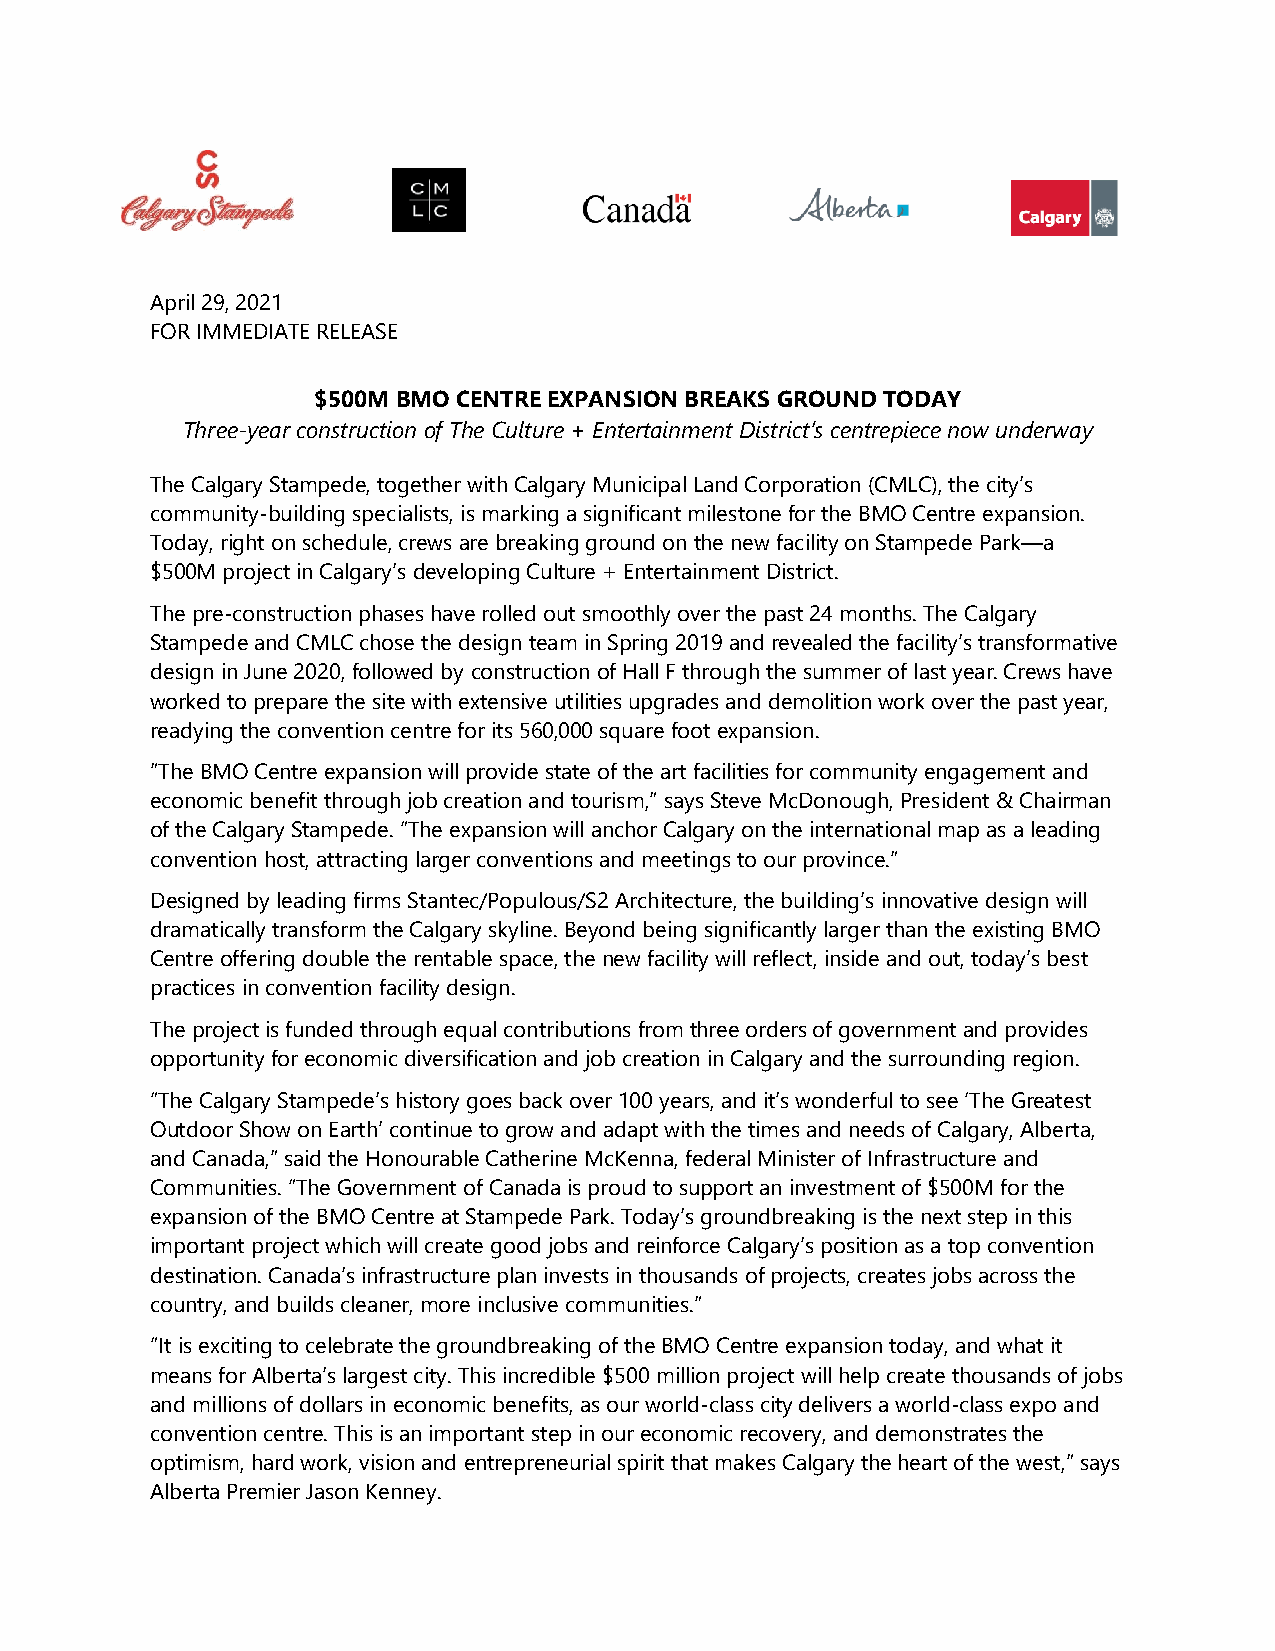
April 29, 2021
 FOR IMMEDIATE RELEASE
 $500M BMO CENTRE EXPANSION BREAKS GROUND TODAY
 Three-year construction of The Culture + Entertainment District’s centrepiece now underway
 The Calgary Stampede, together with Calgary Municipal Land Corporation (CMLC), the city’s
 community-building specialists, is marking a significant milestone for the BMO Centre expansion.
 Today, right on schedule, crews are breaking ground on the new facility on Stampede Park—a
 $500M project in Calgary’s developing Culture + Entertainment District.
 The pre-construction phases have rolled out smoothly over the past 24 months. The Calgary
 Stampede and CMLC chose the design team in Spring 2019 and revealed the facility’s transformative
 design in June 2020, followed by construction of Hall F through the summer of last year. Crews have
 worked to prepare the site with extensive utilities upgrades and demolition work over the past year,
 readying the convention centre for its 560,000 square foot expansion.
 ”The BMO Centre expansion will provide state of the art facilities for community engagement and
 economic benefit through job creation and tourism,” says Steve McDonough, President & Chairman
 of the Calgary Stampede. “The expansion will anchor Calgary on the international map as a leading
 convention host, attracting larger conventions and meetings to our province.”
 Designed by leading firms Stantec/Populous/S2 Architecture, the building’s innovative design will
 dramatically transform the Calgary skyline. Beyond being significantly larger than the existing BMO
 Centre offering double the rentable space, the new facility will reflect, inside and out, today’s best
 practices in convention facility design.
 The project is funded through equal contributions from three orders of government and provides
 opportunity for economic diversification and job creation in Calgary and the surrounding region.
 “The Calgary Stampede’s history goes back over 100 years, and it’s wonderful to see ‘The Greatest
 Outdoor Show on Earth’ continue to grow and adapt with the times and needs of Calgary, Alberta,
 and Canada,” said the Honourable Catherine McKenna, federal Minister of Infrastructure and
 Communities. “The Government of Canada is proud to support an investment of $500M for the
 expansion of the BMO Centre at Stampede Park. Today’s groundbreaking is the next step in this
 important project which will create good jobs and reinforce Calgary’s position as a top convention
 destination. Canada’s infrastructure plan invests in thousands of projects, creates jobs across the
 country, and builds cleaner, more inclusive communities.”
 “It is exciting to celebrate the groundbreaking of the BMO Centre expansion today, and what it
 means for Alberta’s largest city. This incredible $500 million project will help create thousands of jobs
 and millions of dollars in economic benefits, as our world-class city delivers a world-class expo and
 convention centre. This is an important step in our economic recovery, and demonstrates the
 optimism, hard work, vision and entrepreneurial spirit that makes Calgary the heart of the west,” says
 Alberta Premier Jason Kenney.